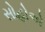
સોહોએ